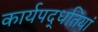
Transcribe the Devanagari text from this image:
कार्यपद्धतियां